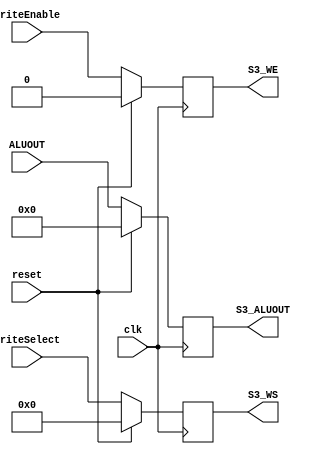
`timescale 1ns / 1ps
//////////////////////////////////////////////////////////////////////////////////
// Company: 
// Engineer: 
// 
// Design Name: 
// Module Name: stage_three
// Project Name: 
// Target Devices: 
// Tool Versions: 
// Description: 
// 
// Dependencies: 
// 
// Revision:
// Revision 0.01 - File Created
// Additional Comments:
// 
//////////////////////////////////////////////////////////////////////////////////


module stage_three(ALUOUT,WriteSelect,WriteEnable,S3_ALUOUT,S3_WS,S3_WE,clk,reset); 
    
    input [31:0]ALUOUT; 
    input [4:0]WriteSelect; 
    input WriteEnable; 
    input clk,reset; 
    
    output reg [31:0]S3_ALUOUT; 
    output reg [4:0]S3_WS; 
    output reg S3_WE; 
    
    always@(posedge clk) 
        begin 
        if(reset) 
            begin 
                S3_ALUOUT <= 32'd0; 
                S3_WS <= 5'd0; 
                S3_WE <= 1'b0; 
            end 
        else 
            begin 
                S3_ALUOUT <= ALUOUT; 
                S3_WS <= WriteSelect; 
                S3_WE <= WriteEnable; 
            end 
        end 
    
endmodule